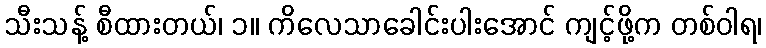
သီးသန့် စီထားတယ်၊ ၁။ ကိလေသာခေါင်းပါးအောင် ကျင့်ဖို့က တစ်ဝါရ၊